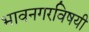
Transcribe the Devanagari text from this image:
भावनगरविषयी